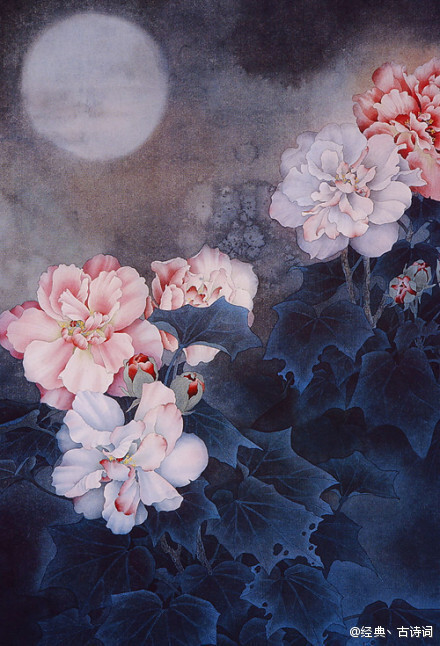
江天一色无纤尘，皎皎空中孤月轮。